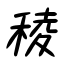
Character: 稜